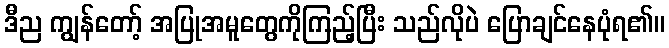
ဒီည ကျွန်တော့် အပြုအမူတွေကိုကြည့်ပြီး သည်လိုပဲ ပြောချင်နေပုံရ၏။